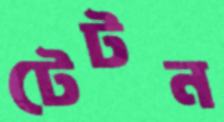
টেটন